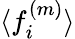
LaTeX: \langle f_{i}^{(m)}\rangle